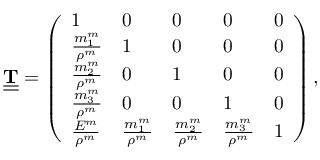
\begin{array} { r } { \underline { { \underline { { \bf T } } } } = \left( \begin{array} { l l l l l } { 1 } & { 0 } & { 0 } & { 0 } & { 0 } \\ { \frac { m _ { 1 } ^ { m } } { \rho ^ { m } } } & { 1 } & { 0 } & { 0 } & { 0 } \\ { \frac { m _ { 2 } ^ { m } } { \rho ^ { m } } } & { 0 } & { 1 } & { 0 } & { 0 } \\ { \frac { m _ { 3 } ^ { m } } { \rho ^ { m } } } & { 0 } & { 0 } & { 1 } & { 0 } \\ { \frac { E ^ { m } } { \rho ^ { m } } } & { \frac { m _ { 1 } ^ { m } } { \rho ^ { m } } } & { \frac { m _ { 2 } ^ { m } } { \rho ^ { m } } } & { \frac { m _ { 3 } ^ { m } } { \rho ^ { m } } } & { 1 } \end{array} \right) , } \end{array}